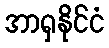
အာရှနိုင်ငံ